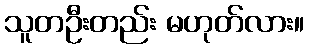
သူတဦးတည်း မဟုတ်လား။